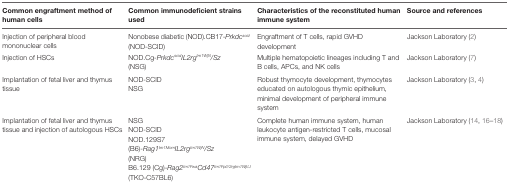
<table><thead><tr><td><b>Common engraftment method of human cells</b></td><td><b>Common immunodeficient strains used</b></td><td><b>Characteristics of the reconstituted human immune system</b></td><td><b>Source and references</b></td></tr></thead><tbody><tr><td>Injection of peripheral blood mononuclear cells</td><td>Nonobese diabetic (NOD).CB17-<i>Prkdc<sup>scid</sup></i> (NOD-SCID)</td><td>Engraftment of T cells, rapid GVHD development</td><td>Jackson Laboratory (2)</td></tr><tr><td>Injection of HSCs</td><td>NOD.Cg-<i>Prkdc<sup>scid</sup>IL2rg<sup>tm1WjN</sup>/Sz</i> (NSG)</td><td>Multiple hematopoietic lineages including T and B cells, APCs, and NK cells</td><td>Jackson Laboratory (7)</td></tr><tr><td>Implantation of fetal liver and thymus tissue</td><td>NOD-SCID NSG</td><td>Robust thymocyte development, thymocytes educated on autologous thymic epithelium, minimal development of peripheral immune system</td><td>Jackson Laboratory (3, 4)</td></tr><tr><td>Implantation of fetal liver and thymus tissue and injection of autologous HSCs</td><td>NSGNOD-SCIDNOD.129S7(B6)-<i>Rag1<sup>tm1Mom</sup>IL2rg<sup>tm1WjN</sup>/Sz</i> (NRG)B6.129 (Cg)-<i>Rag2<sup>tm1Fwa</sup>Cd47<sup>tm1FpI//2rgtm1WjI/J</sup></i>(TKO-C57BL6)</td><td>Complete human immune system, human leukocyte antigen-restricted T cells, mucosal immune system, delayed GVHD</td><td>Jackson Laboratory (14, 16–18)</td></tr></tbody></table>